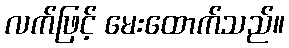
လက်ဖြင့် မေးထောက်သည်။